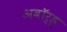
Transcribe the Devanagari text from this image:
अवॉर्ड्